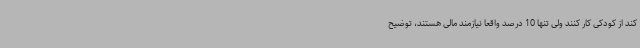
کند از کودکی کار کنند ولی تنها 10 درصد واقعا نیازمند مالی هستند، توضیح